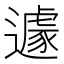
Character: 遽